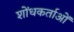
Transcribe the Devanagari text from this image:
शोंधकर्ताओं